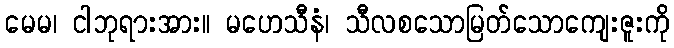
မေမ၊ ငါဘုရားအား။ မဟေသီနံ၊ သီလစသောမြတ်သောကျေးဇူးကို